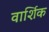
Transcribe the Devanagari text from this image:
वार्शिक